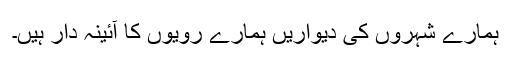
ہمارے شہروں کی دیواریں ہمارے رویوں کا آئینہ دار ہیں۔